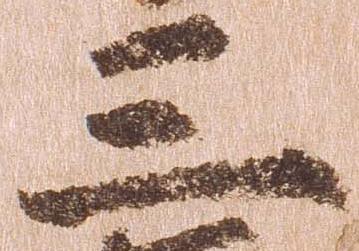
三